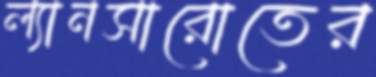
ল্যানসারোতের